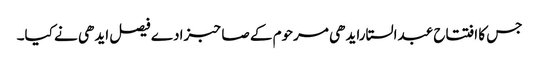
جس کا افتتاح عبدالستارایدھی مرحوم کے صاحبزادے فیصل ایدھی نے کیا۔